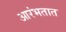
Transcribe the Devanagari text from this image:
आरंभतात